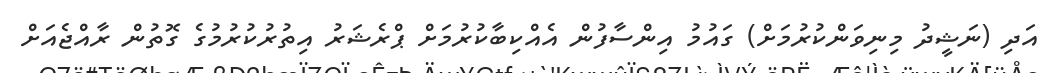
އަދި (ނަޝީދު މިނިވަންކުރުމަށް) ގައުމު އިންސާފުން އެއްކިބާކުރުމަށް ޕްރެޝަރު އިތުރުކުރުމުގެ ގޮތުން ރާއްޖެއަށް